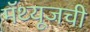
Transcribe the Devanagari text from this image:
मॅथ्यूजची